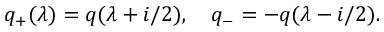
q _ { + } ( \lambda ) = q ( \lambda + i / 2 ) , \quad q _ { - } = - q ( \lambda - i / 2 ) .